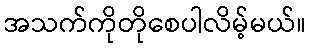
အသက်ကိုတိုစေပါလိမ့်မယ်။